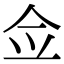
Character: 佥